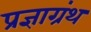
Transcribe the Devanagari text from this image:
प्रज्ञाग्रंथ